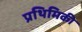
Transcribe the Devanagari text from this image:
प्रथिमिकी